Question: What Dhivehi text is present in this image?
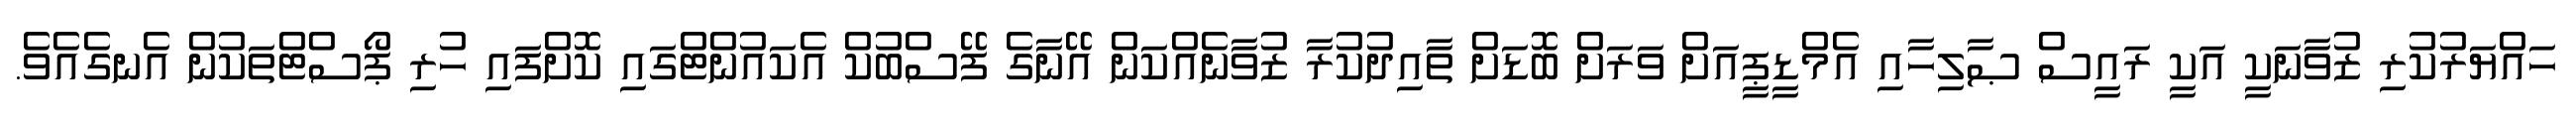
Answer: ހައްޔަރުކުރި ޒުވާނަކީ އަކީ ރައީސް ޞާލިހާއި އެމްޑީޕީއަށް ވަރަށް ބޮޑަށް ތާއިދުކުރާ ޒުވާނެއްކަން އޭނާގެ ފޭސްބުކް އެކައުންޓްގައި ކޮށްފައި ހުރި ޕޯސްޓްތަކުން އެނގެއެވެ.